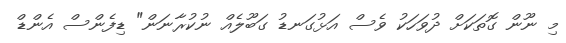
މި ނޫން ގޮތަކަށް ދުވަހަކު ވެސް އަޅުގަނޑު ގަބޫލެއް ނުކުރާނަން" ޑިފެންސް އެންޑް